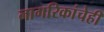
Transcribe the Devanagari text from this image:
नागरिकांचेही